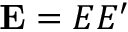
\mathbf { E } = E E ^ { \prime }